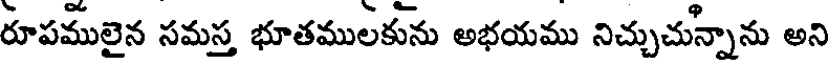
రూపములైన సమస్త భూతములకును అభయము నిచ్చుచున్నాను అని